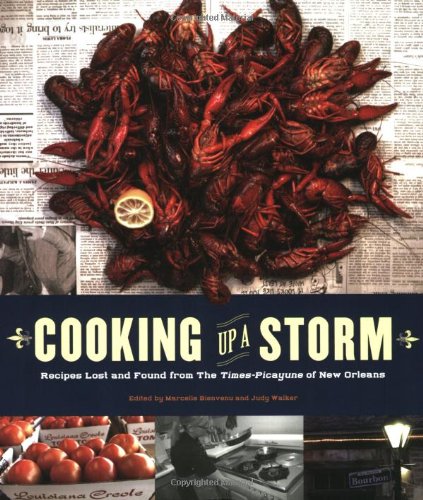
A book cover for Cooking Up a Storm: Recipes Lost and Found from The Times-Picayune of New Orleans; Marcelle Bienvenu; Cookbooks, Food & Wine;